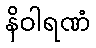
နိဝါရဏံ